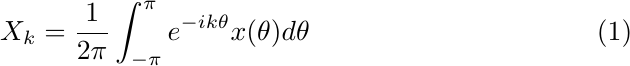
\begin{equation}
X_k = \frac{1}{2\pi} \int_{-\pi}^{\pi} e^{-ik \theta}x(\theta)d\theta
\end{equation}